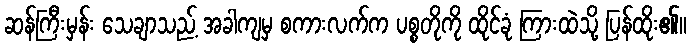
ဆန်ကြီးမှန်း သေချာသည့် အခါကျမှ စကားလက်က ပစ္စတိုကို ထိုင်ခုံ ကြားထဲသို့ ပြန်ထိုး၏။